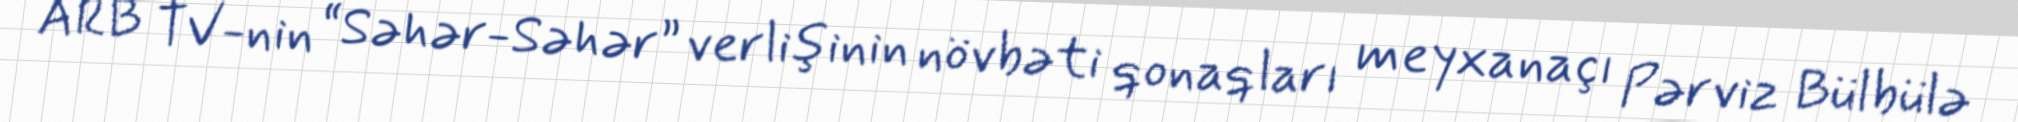
ARB TV-nin “Səhər-Səhər” verlişinin növbəti qonaqları meyxanaçı Pərviz Bülbülə